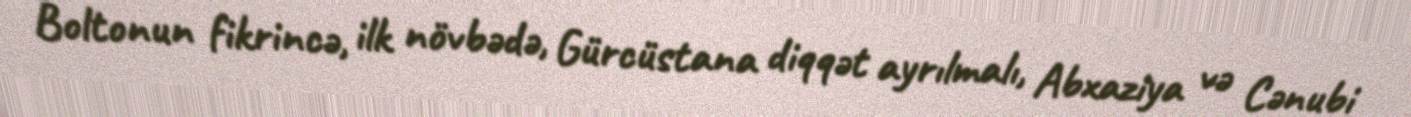
Boltonun fikrincə, ilk növbədə, Gürcüstana diqqət ayrılmalı, Abxaziya və Cənubi